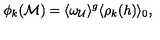
\phi _ { k } ( { \cal M } ) = \langle \omega _ { \cal U } \rangle ^ { g } \langle \rho _ { k } ( h ) \rangle _ { 0 } \mathrm { , }